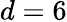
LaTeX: d=6